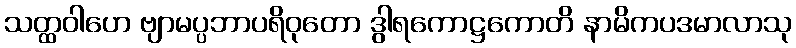
သတ္ထဝါဟေ ဗျာမပ္ပဘာပရိဝုတော ဒွါရကောဋ္ဌကောတိ နာမိကပဒမာလာသု